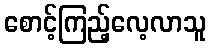
စောင့်ကြည့်လေ့လာသူ